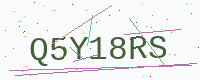
Text: Q5Y18RS